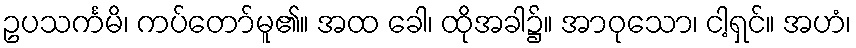
ဥပသင်္ကမိ၊ ကပ်တော်မူ၏။ အထ ခေါ၊ ထိုအခါ၌။ အာဝုသော၊ ငါ့ရှင်။ အဟံ၊